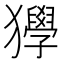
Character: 𤣌